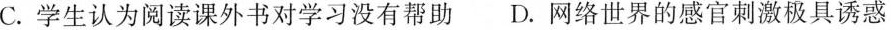
C.学生认为阅读课外书对学习没有帮助D.网络世界的感官刺激极具诱惑